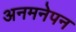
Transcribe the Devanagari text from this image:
अनमनेपन